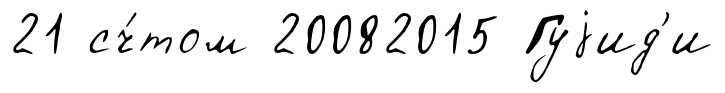
21 сч́том 20082015 Гуjид'и